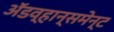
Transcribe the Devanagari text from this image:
अॅडव्हान्समेन्ट